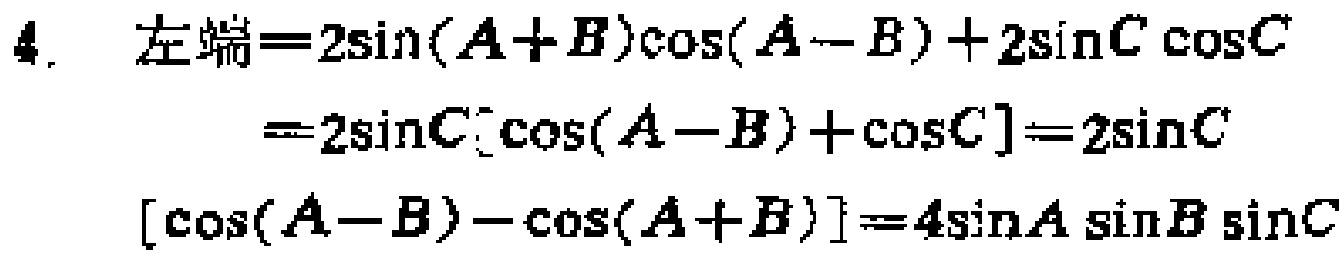
4. 左端\(=2\sin(A + B)\cos(A - B)+2\sin C\cos C\)
\(=2\sin C[\cos(A - B)+\cos C]=2\sin C\)
\([\cos(A - B)-\cos(A + B)] = 4\sin A\sin B\sin C\)